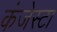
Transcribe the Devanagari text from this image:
कंजेस्टा